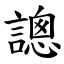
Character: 謥